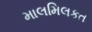
માલમિલકત